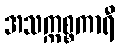
အသက္ကစ္စကာရီ